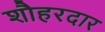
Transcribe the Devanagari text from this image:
शौहरदार